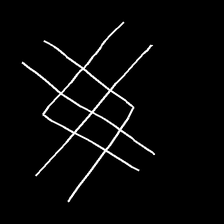
Glyph: crystal